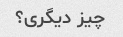
چیز دیگری؟